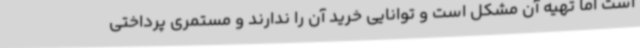
است اما تهیه آن مشکل است و توانایی خرید آن را ندارند و مستمری پرداختی